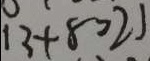
1 3 + 8 = 2 1